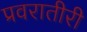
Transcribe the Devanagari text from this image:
प्रवरातीरी